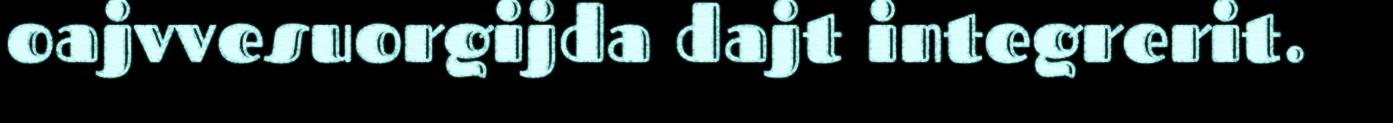
oajvvesuorgijda dajt integrerit.